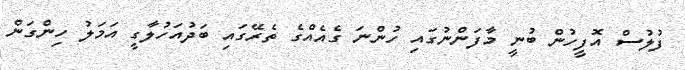
ފުލުސް އޮފީހުން ބުނީ މާފަންނުގައި ހުންނަ ގެއެއްގެ ތެރޭގައި ބަދުއަހުލާގީ އަމަލު ހިންގަން